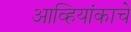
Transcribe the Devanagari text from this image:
आव्हियांकाचे